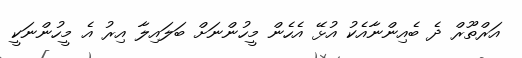
އަރްތޫރް ދެ ބެއިންނާއެކު އުޅޭ އެހެން މީހުންނަށް ބަލައިލާ އިރު އެ މީހުންނަކީ